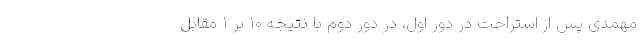
مهمدی پس از استراحت در دور اول، در دور دوم با نتیجه ۱۰ بر ۱ مقابل